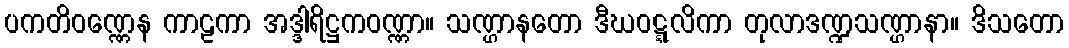
ပကတိဝဏ္ဏေန ကာဠကာ အဒ္ဒါရိဋ္ဌကဝဏ္ဏာ။ သဏ္ဌာနတော ဒီဃဝဋ္ဋလိကာ တုလာဒဏ္ဍသဏ္ဌာနာ။ ဒိသတော